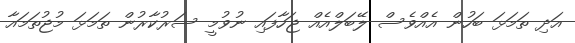
އަދި ތަމަޅަ ބަހުން އެއްވެސް ލޭބަލްއެއް ޖަހާފައި ނުވުމީ ސަރުކާރުން ތަމަޅަ މުޖުތަމައާ